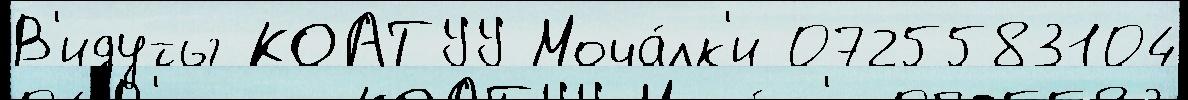
В'идуты КОАТУУ Моча́лк'и 0725583104